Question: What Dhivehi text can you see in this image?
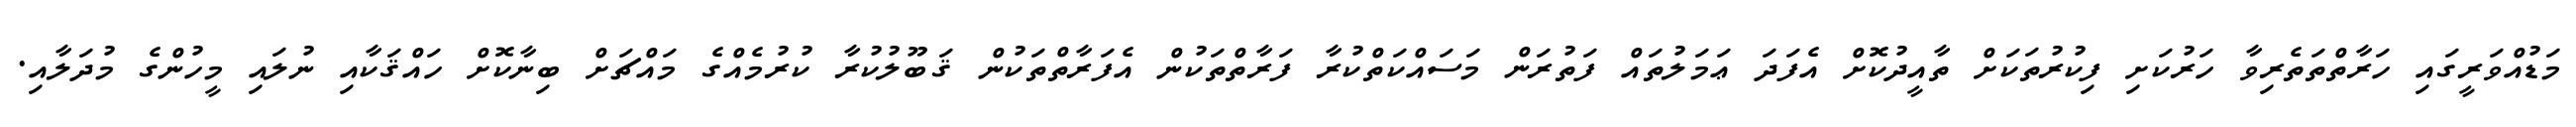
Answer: މަޑުއްވަރީގައި ހަރާތްތަތެރިވާ ހަރުކަށި ފިކުރުތަކަށް ތާއީދުކޮށް އެފަދަ ޢަމަލުތައް ފަތުރަން މަސައްކަތްކުރާ ފަރާތްތަކުން އެފަރާތްތަކުން ޤަބޫލުކުރާ ކުރުމެއްގެ މައްޗަށް ބިނާކޮށް ހައްޤަކާއި ނުލައި މީހުންގެ މުދަލާއި.